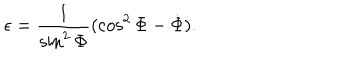
\epsilon = \frac { 1 } { \sin ^ { 2 } \Phi } ( \cos ^ { 2 } \Phi - \dot { \Phi } ) .